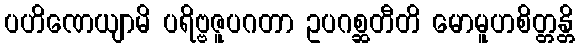
ပဟိဏေယျာမိ ပရိဗ္ဗဇူပဂတာ ဥပဂစ္ဆတီတိ မောမူဟစိတ္တန္တိ